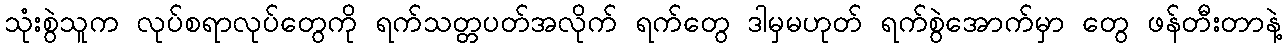
သုံးစွဲသူက လုပ်စရာလုပ်တွေကို ရက်သတ္တပတ်အလိုက် ရက်တွေ ဒါမှမဟုတ် ရက်စွဲအောက်မှာ တွေ ဖန်တီးတာနဲ့